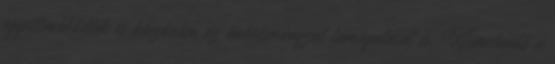
együttműködtek és köszönöm az önkormányzat támogatását is. Kiemelendő a